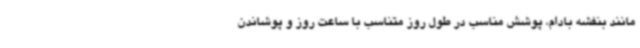
مانند بنفشه بادام، پوشش مناسب در طول روز متناسب با ساعت روز و پوشاندن